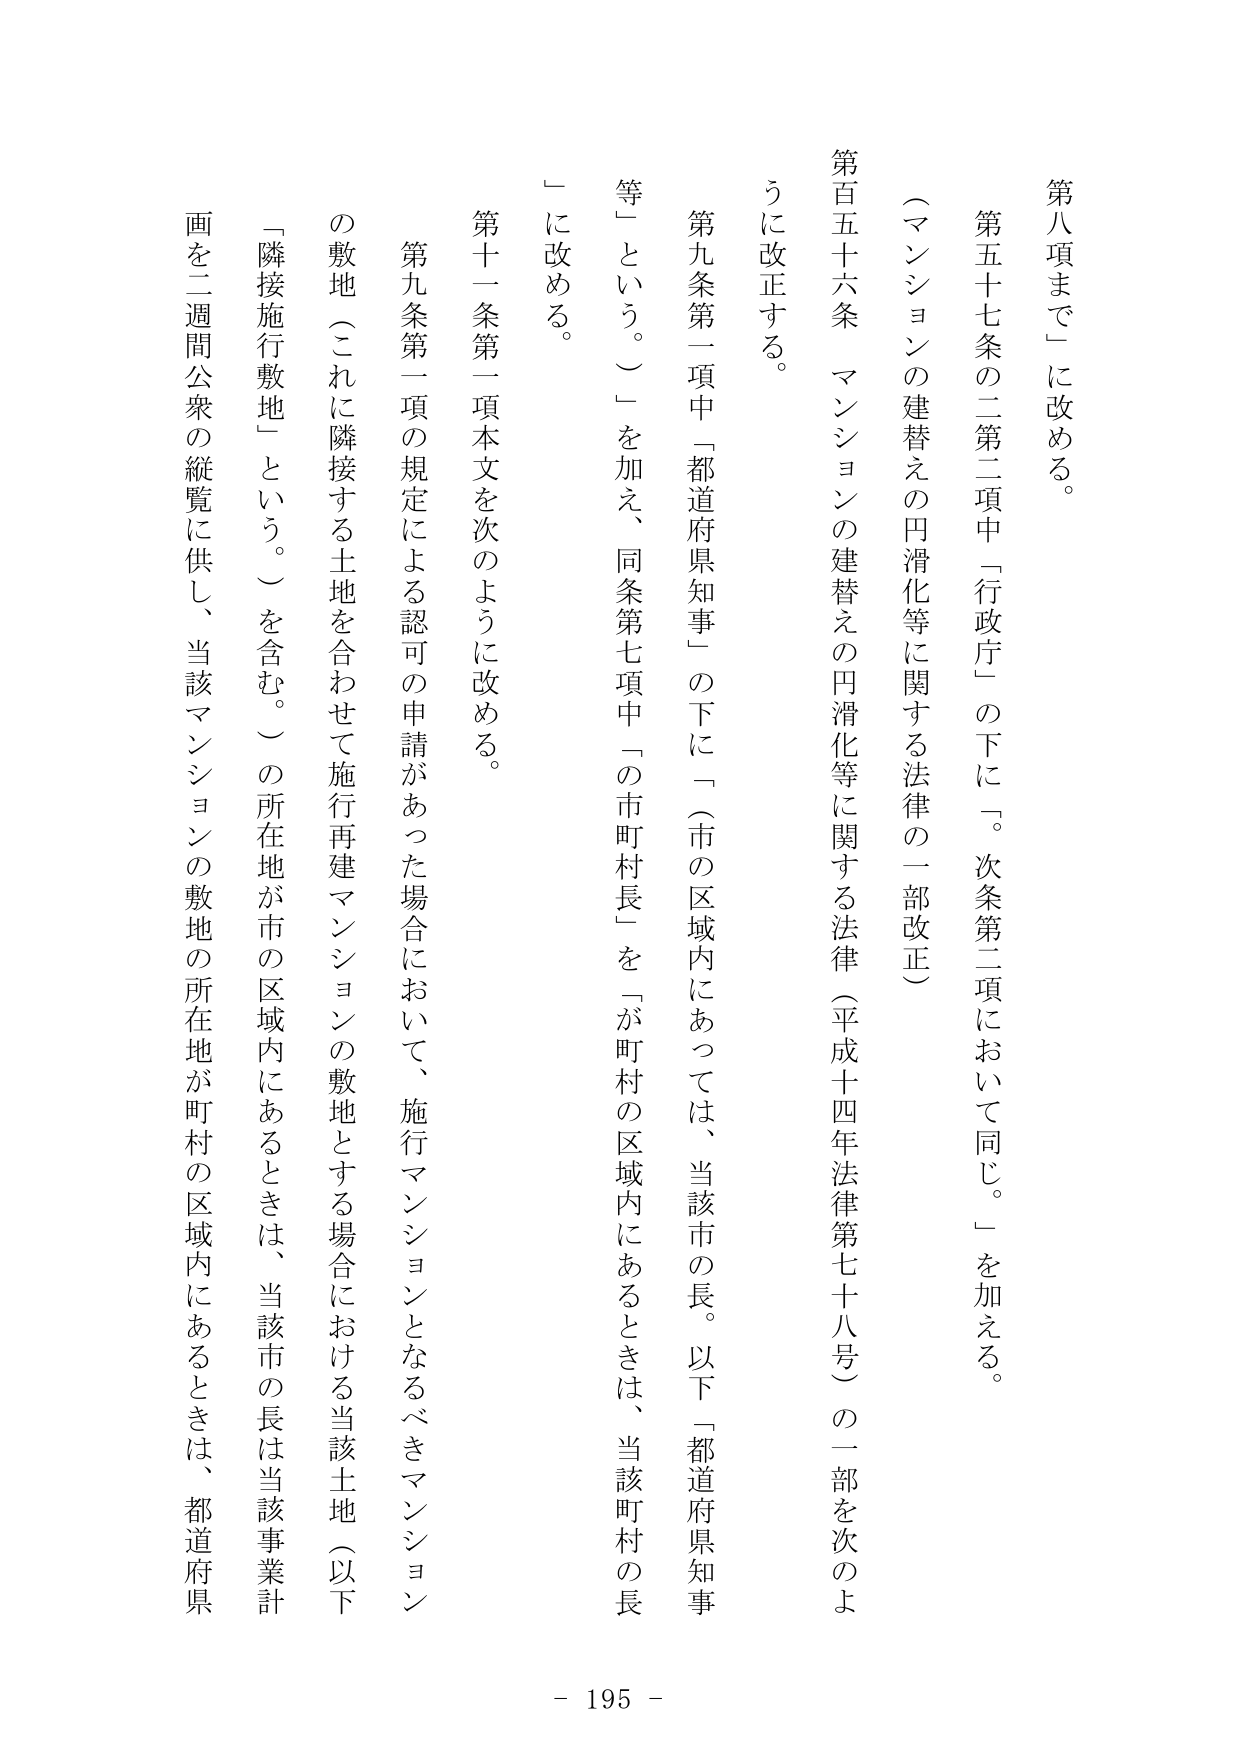
第八項まで」に改める。

第五十七条の二第二項中「行政庁」の下に「。次条第二項において同じ。」を加える。

（マンションの建替えの円滑化等に関する法律の一部改正）

第百五十六条 マンションの建替えの円滑化等に関する法律（平成十四年法律第七十八号）の一部を次のよう に改正する。

第九条第一項中「都道府県知事」の下に「（市の区域内にあっては、当該市の長。以下「都道府県知事 等」という。）」を加え、同条第七項中「の市町村長」を「が町村の区域内にあるときは、当該町村の長 」に改める。

第十一条第一項本文を次のように改める。

第九条第一項の規定による認可の申請があった場合において、施行マンションとなるべきマンション の敷地（これに隣接する土地を合わせて施行再建マンションの敷地とする場合における当該土地（以下 「隣接施行敷地」という。）を含む。）の所在地が市の区域内にあるときは、当該市の長は当該事業計 画を二週間公衆の縦覧に供し、当該マンションの敷地の所在地が町村の区域内にあるときは、都道府県

- 195 -